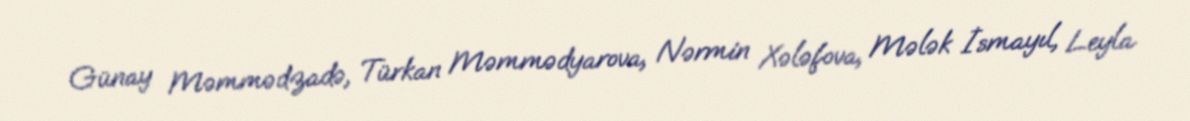
Günay Məmmədzadə, Türkan Məmmədyarova, Nərmin Xələfova, Mələk İsmayıl, Leyla